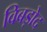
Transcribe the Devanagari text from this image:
विबड़ोद